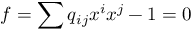
f = \sum q { } _ { i j } x ^ { i } x ^ { j } - 1 = 0